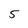
Character: 5